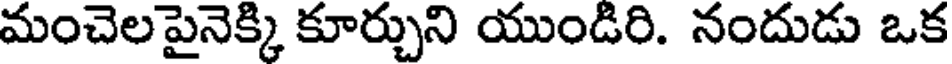
మంచెల పైనెక్కి కూర్చుని యుండిరి. నందుడు ఒక